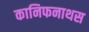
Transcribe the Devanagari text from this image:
कानिफनाथस